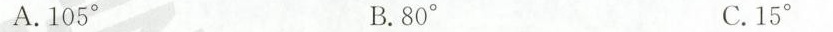
A.105° B.80° C.15°